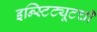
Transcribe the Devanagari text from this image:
इन्स्टिट्यूटची